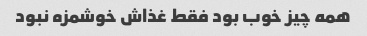
همه چیز خوب بود فقط غذاش خوشمزه نبود